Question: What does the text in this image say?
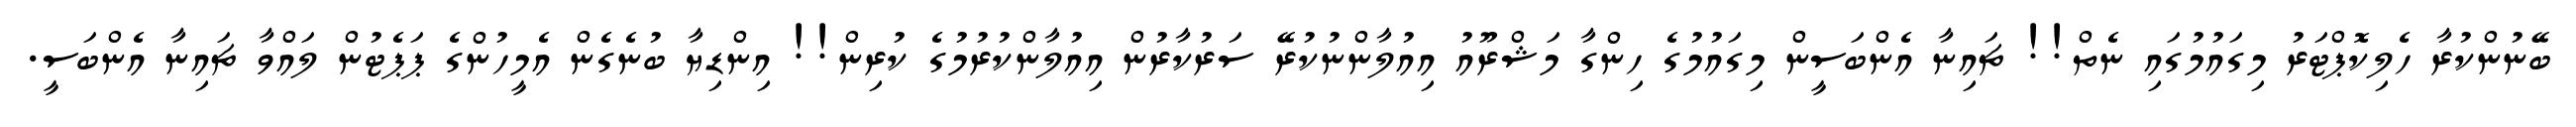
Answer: ބޭނުންކުރާ ހެލިކޮޕްޓަރު މިގައުމުގައި ނެތް!! ޗައިނާ އެންބަސީން މިގައުމުގެ ހިންގާ މަޝްރޫއު އިއުލާންނުކުރޭ ސަރުކާރުން އިއުލާންކުރުމުގެ ކުރިން!! އިންޑިޔާ ބުނެގެން އެމީހުންގެ ޕަޕެޓުން ލައްވާ ޗައިނާ އެންބަސީ.